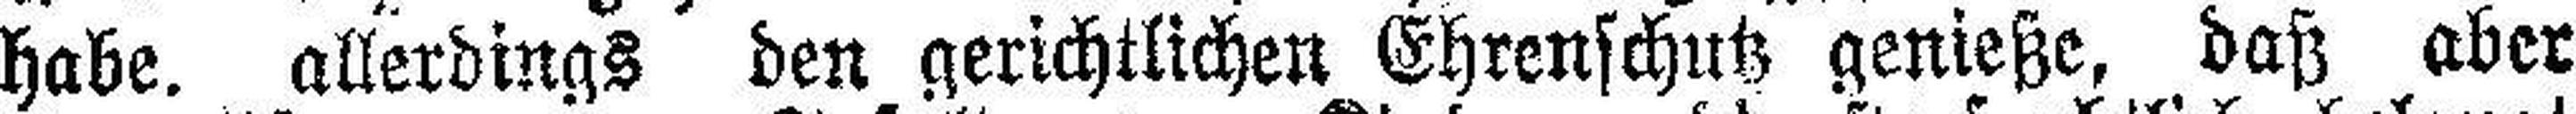
habe, allerdings den gerichtlichen Ehrenschutz genieße, daß aber